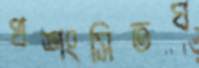
প্রশংসিতঘ